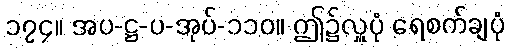
၁၇၄။ အပ-ဋ္ဌ-ပ-အုပ်-၁၁၀။ ဤ၌လှူပုံ ရေစက်ချပုံ